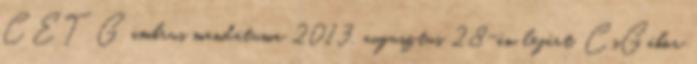
CET G ambrus mandátuma 2013. augusztus 28-án lejárt. CsGábor